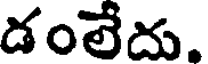
డంలేదు.